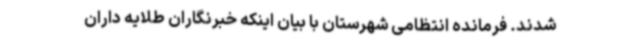
شدند. فرمانده انتظامی شهرستان با بیان اینکه خبرنگاران طلایه داران